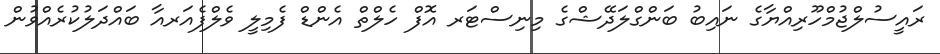
ރައީސުލްޖުމްހޫރިއްޔާގެ ނައިބު ބަންގްލަދޭޝްގެ މިނިސްޓަރ އޮފް ހެލްތް އެންޑް ފެމިލީ ވެލްފެއަރއާ ބައްދަލުކުރެއްވުން